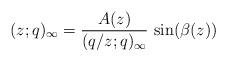
LaTeX: \begin{align*} (z;q)_{\infty}=\frac{A(z)}{(q/z;q)_{\infty}}\,\sin(\beta(z)) \end{align*}